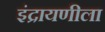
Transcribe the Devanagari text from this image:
इंद्रायणीला